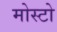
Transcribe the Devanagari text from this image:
मोस्टो